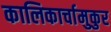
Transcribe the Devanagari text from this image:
कालिकार्चामुकुर